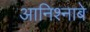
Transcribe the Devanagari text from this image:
आनिश्नाबे